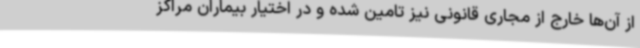
از آن‌ها خارج از مجاری قانونی نیز تامین شده و در اختیار بیماران مراکز